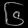
Digit: ၆